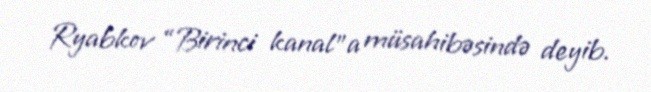
Ryabkov “Birinci kanal”a müsahibəsində deyib.